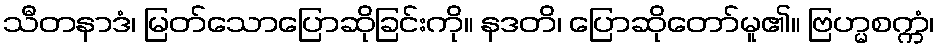
သီတနာဒံ၊ မြတ်သောပြောဆိုခြင်းကို။ နဒတိ၊ ပြောဆိုတော်မူ၏။ ဗြဟ္မစက္ကံ၊